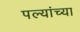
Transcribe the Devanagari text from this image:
पल्यांच्या